Triigi_(Aleksandri)_vallavalitsus_Harjumaal, lk 21
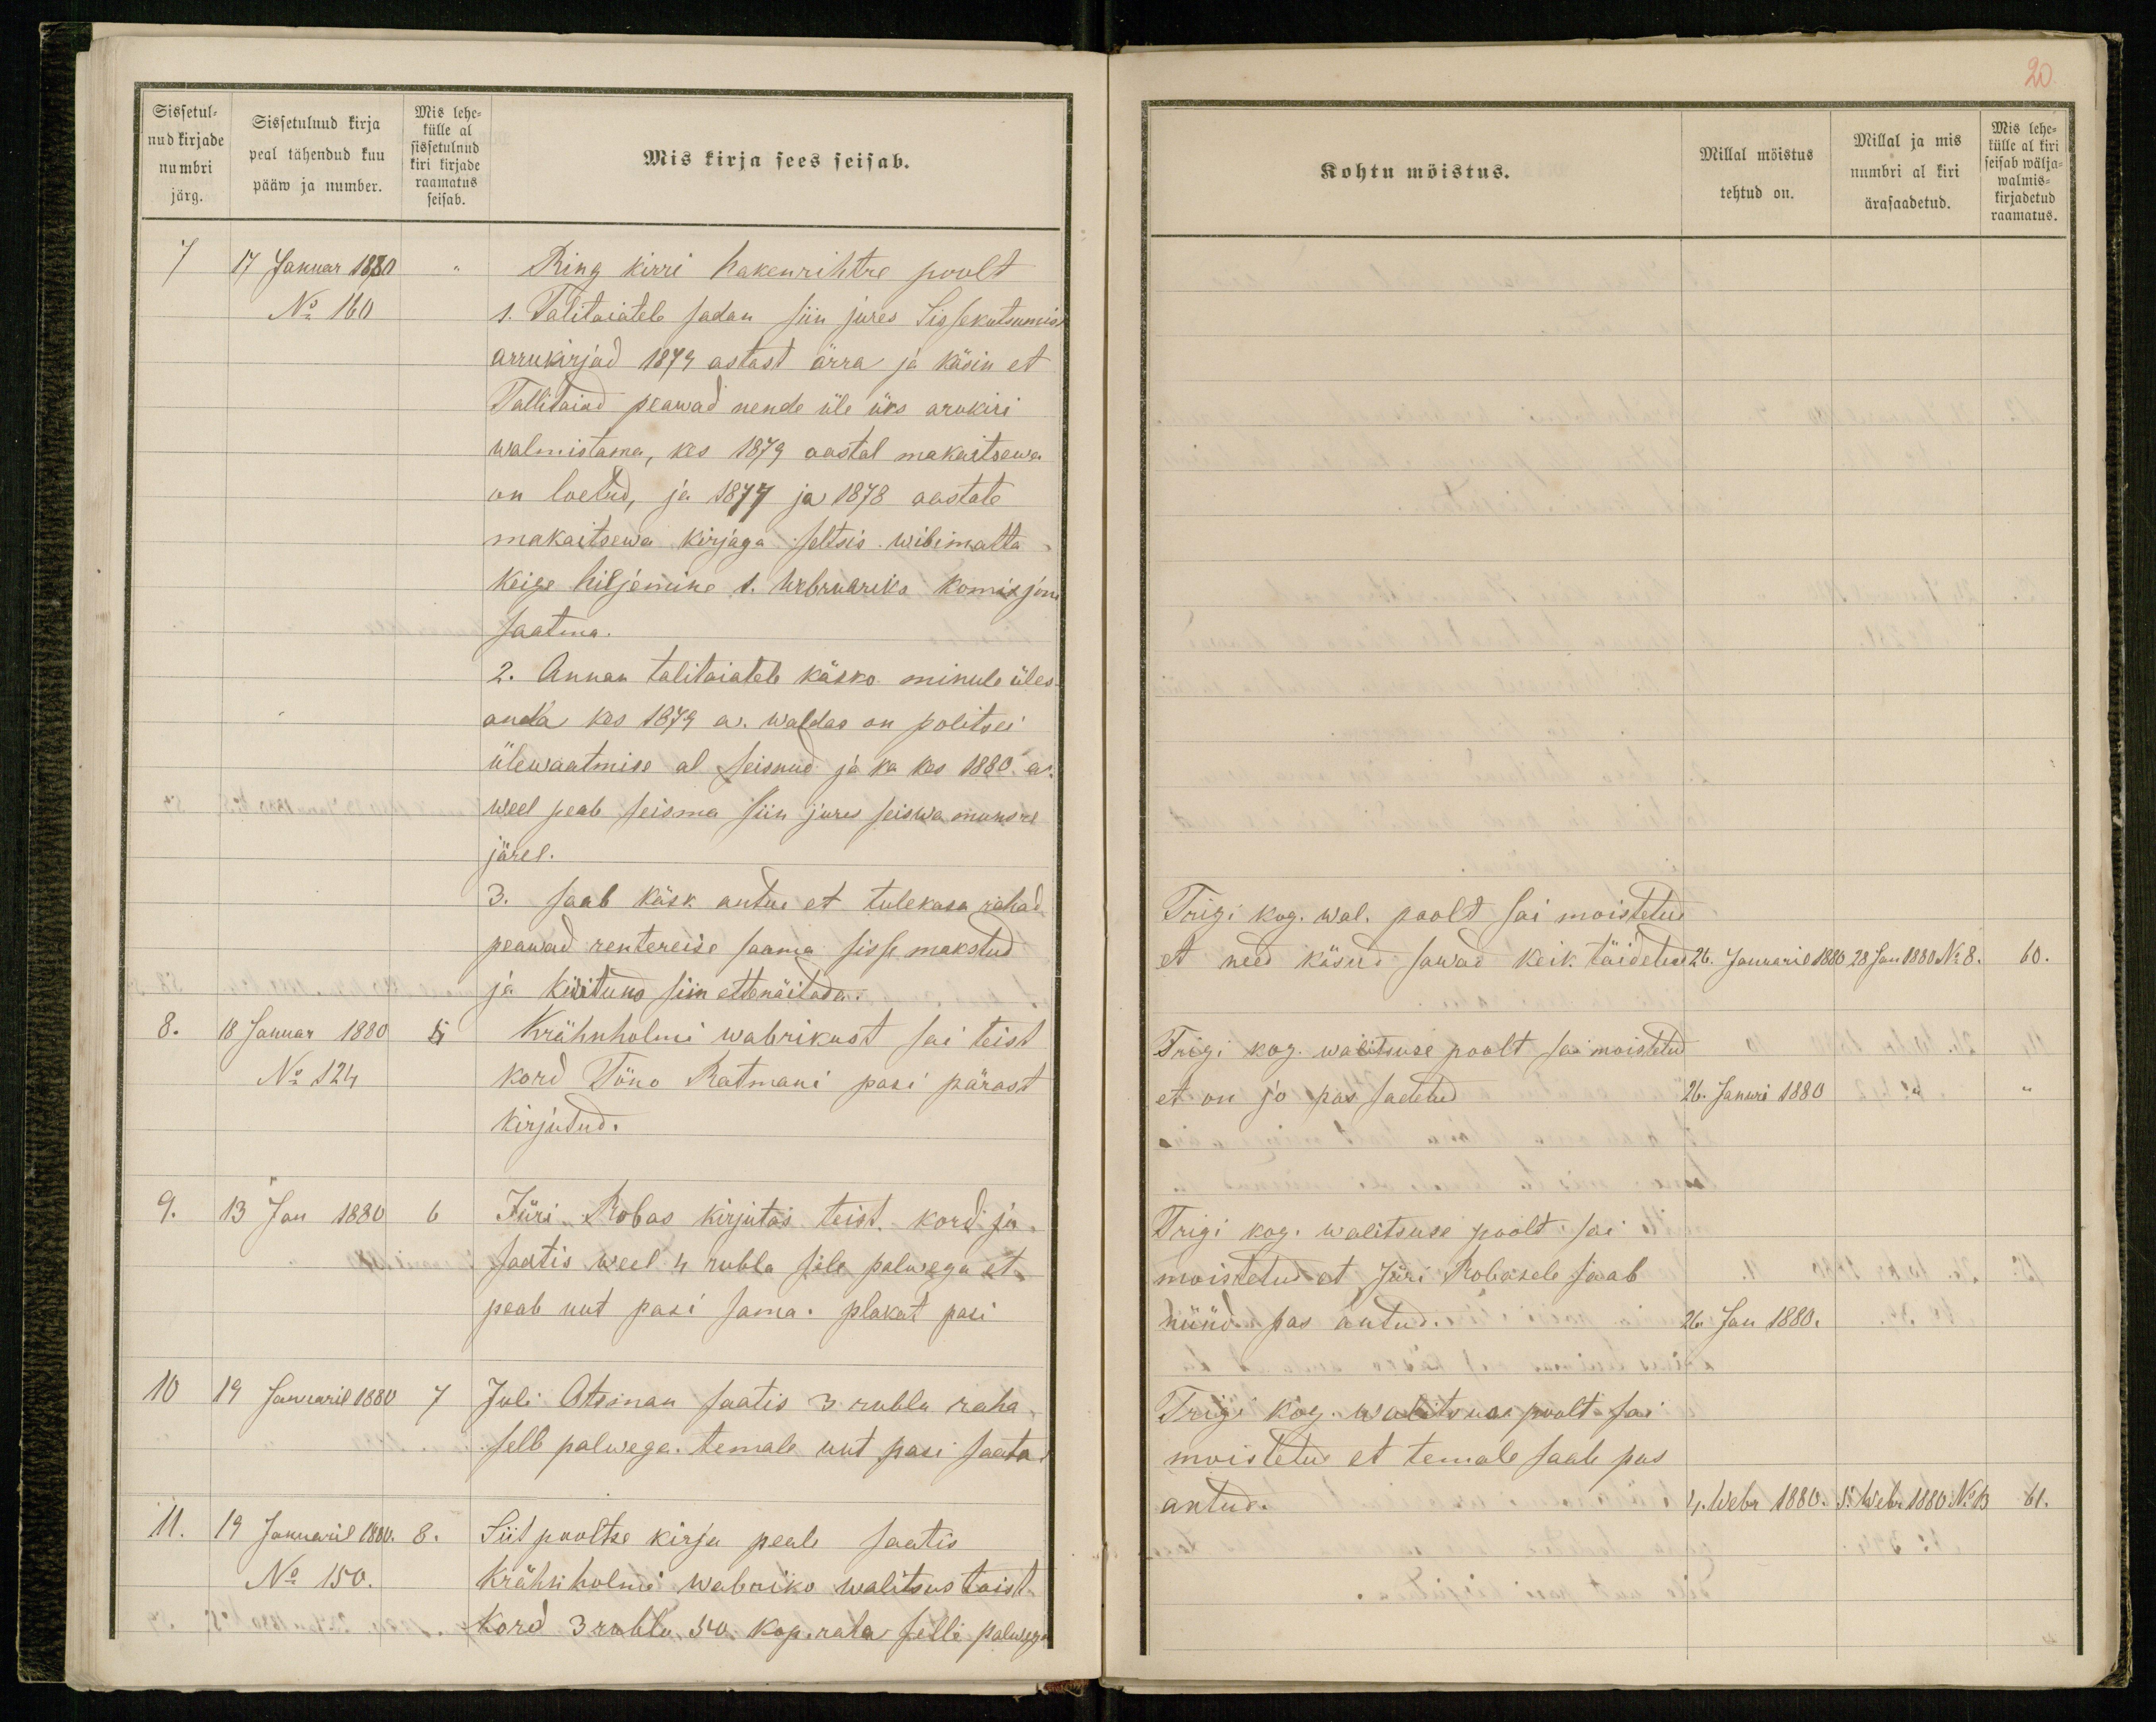
Sissetul-
nud kirjade
numbri
järg.
Sissetulnud kirja
peal tähendud kuu
pääw ja number.
Mis lehe-
külle al
sissetulnud
kiri kirjade
raamatus
seisab.
Mis kirja sees seisab.
7 17 Januar 1880 "
Ring kirri hakenrihtre poolt
No 160
1. Talitaiatele sadan siin jures Sissekutsumis
arrukirjad 1879 astast ärra ja käsin et
Tallitaiad peawad nende üle üks arukiri
walmistama, kes 1879 aastal makaitsewa
on loetud, ja 1877 ja 1878 aastate
makaitsewa kirjaga seltsis wibimatta
keige hiljemine 1. Webruariks komisjoni
saatma.
2. Annan talitaiatele käsko minule üles-
anda kes 1879 a. waldas on politsei
ülewaatmise al seisnud ja ka kes 1880 a.
weel peab seisma siin jures seiswa mundre
järel.
3. saab käsk antud et tulekasa rahad
peawad rentereise saama sisse makstud
ja kwitund siin ettenäitada.
8. 18 Januar 1880 5
Krähnholmi wabrikust sai teist
No 124
kord Tõno Ratmani pasi pärast
kirjutud.
9. 13 Jan 1880 6
Jüri Robas kirjutas teist kord ja
saatis weel 4 rubla sele palwega et
peab uut pasi sama. plakat pasi
10 19 Januaril 1880 7
Juli Otsman saatis 3 rubla raha
selle palwega temale uut pasi saata
11. 19 Januaril 1880. 8.
Siit pooltse kirja peale saatis
No 150.
Krähnholmi wabriko walitsus toist
kord 3 rubla 50 kop. raha selle palwega

20
Kohtu möistus.
Millal möistus
tehtud on.
Millal ja mis
numbri al kiri
ärasaadetud.
Mis lehe-
külle al kiri
seisab wälja-
walmis-
kirjadetud
raamatus.
Trigi kog. wal. poolt sai moistetud
et need käsud sawad keik täidetud
26. Januaril 1880 28 Jan 1880 No 8. 60.
Trigi kog. walitsuse poolt sai moistetud
et on jo pas sadetud
26. Januri 1880 " "
Trigi kog. walitsuse poolt sai
moistetud et Jüri Robasele saab
nüüd pas antud.
26. Jan 1880.
Trigi kog. walitsuse poolt sai
moistetud et temale saab pas
antud.
4. Webr 1880. 5. Webr 1880 No 13 61.